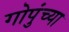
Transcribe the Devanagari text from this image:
गोपुंच्या